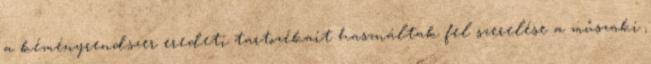
a kéményrendszer eredeti tartozékait használtak fel szerelése a műszaki